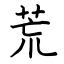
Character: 荒